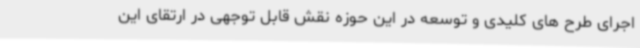
اجرای طرح های کلیدی و توسعه در این حوزه نقش قابل توجهی در ارتقای این